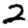
Digit: 2